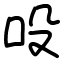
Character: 吺